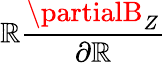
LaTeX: \mathbb{R}\frac{{\partialB_{Z}}}{{\partial\mathbb{R}}}